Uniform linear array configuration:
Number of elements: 32
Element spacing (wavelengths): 0.25
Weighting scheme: hann
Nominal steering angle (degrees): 15
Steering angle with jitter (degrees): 15.326
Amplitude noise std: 0.05
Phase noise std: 0.05

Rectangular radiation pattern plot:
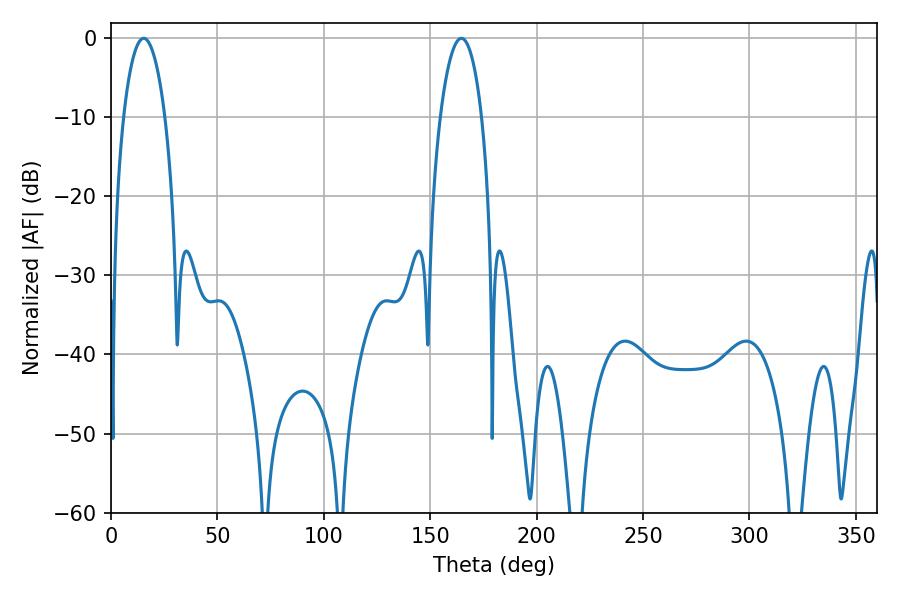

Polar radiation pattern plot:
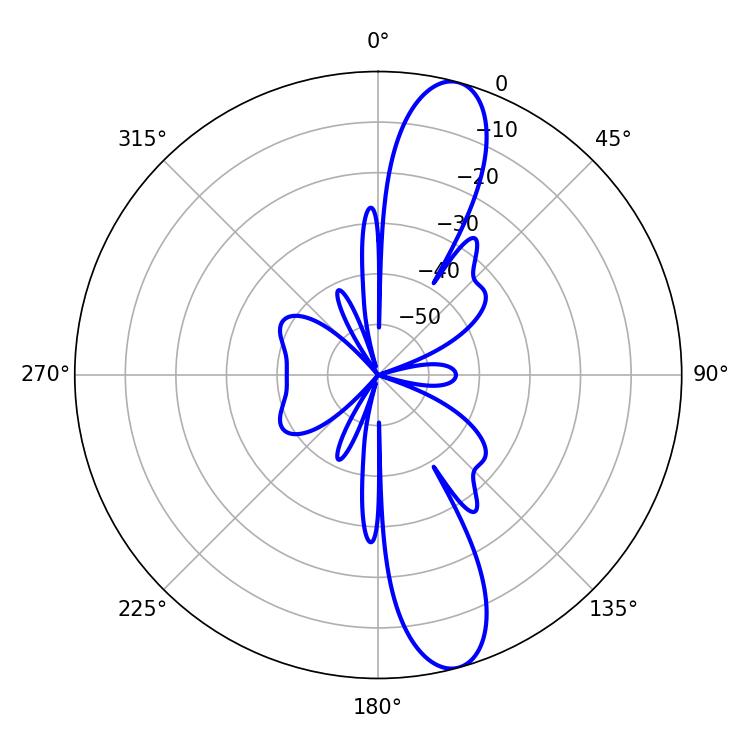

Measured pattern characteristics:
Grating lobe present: FALSE
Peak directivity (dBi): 12.681
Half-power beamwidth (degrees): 10.98
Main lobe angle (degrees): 15.3